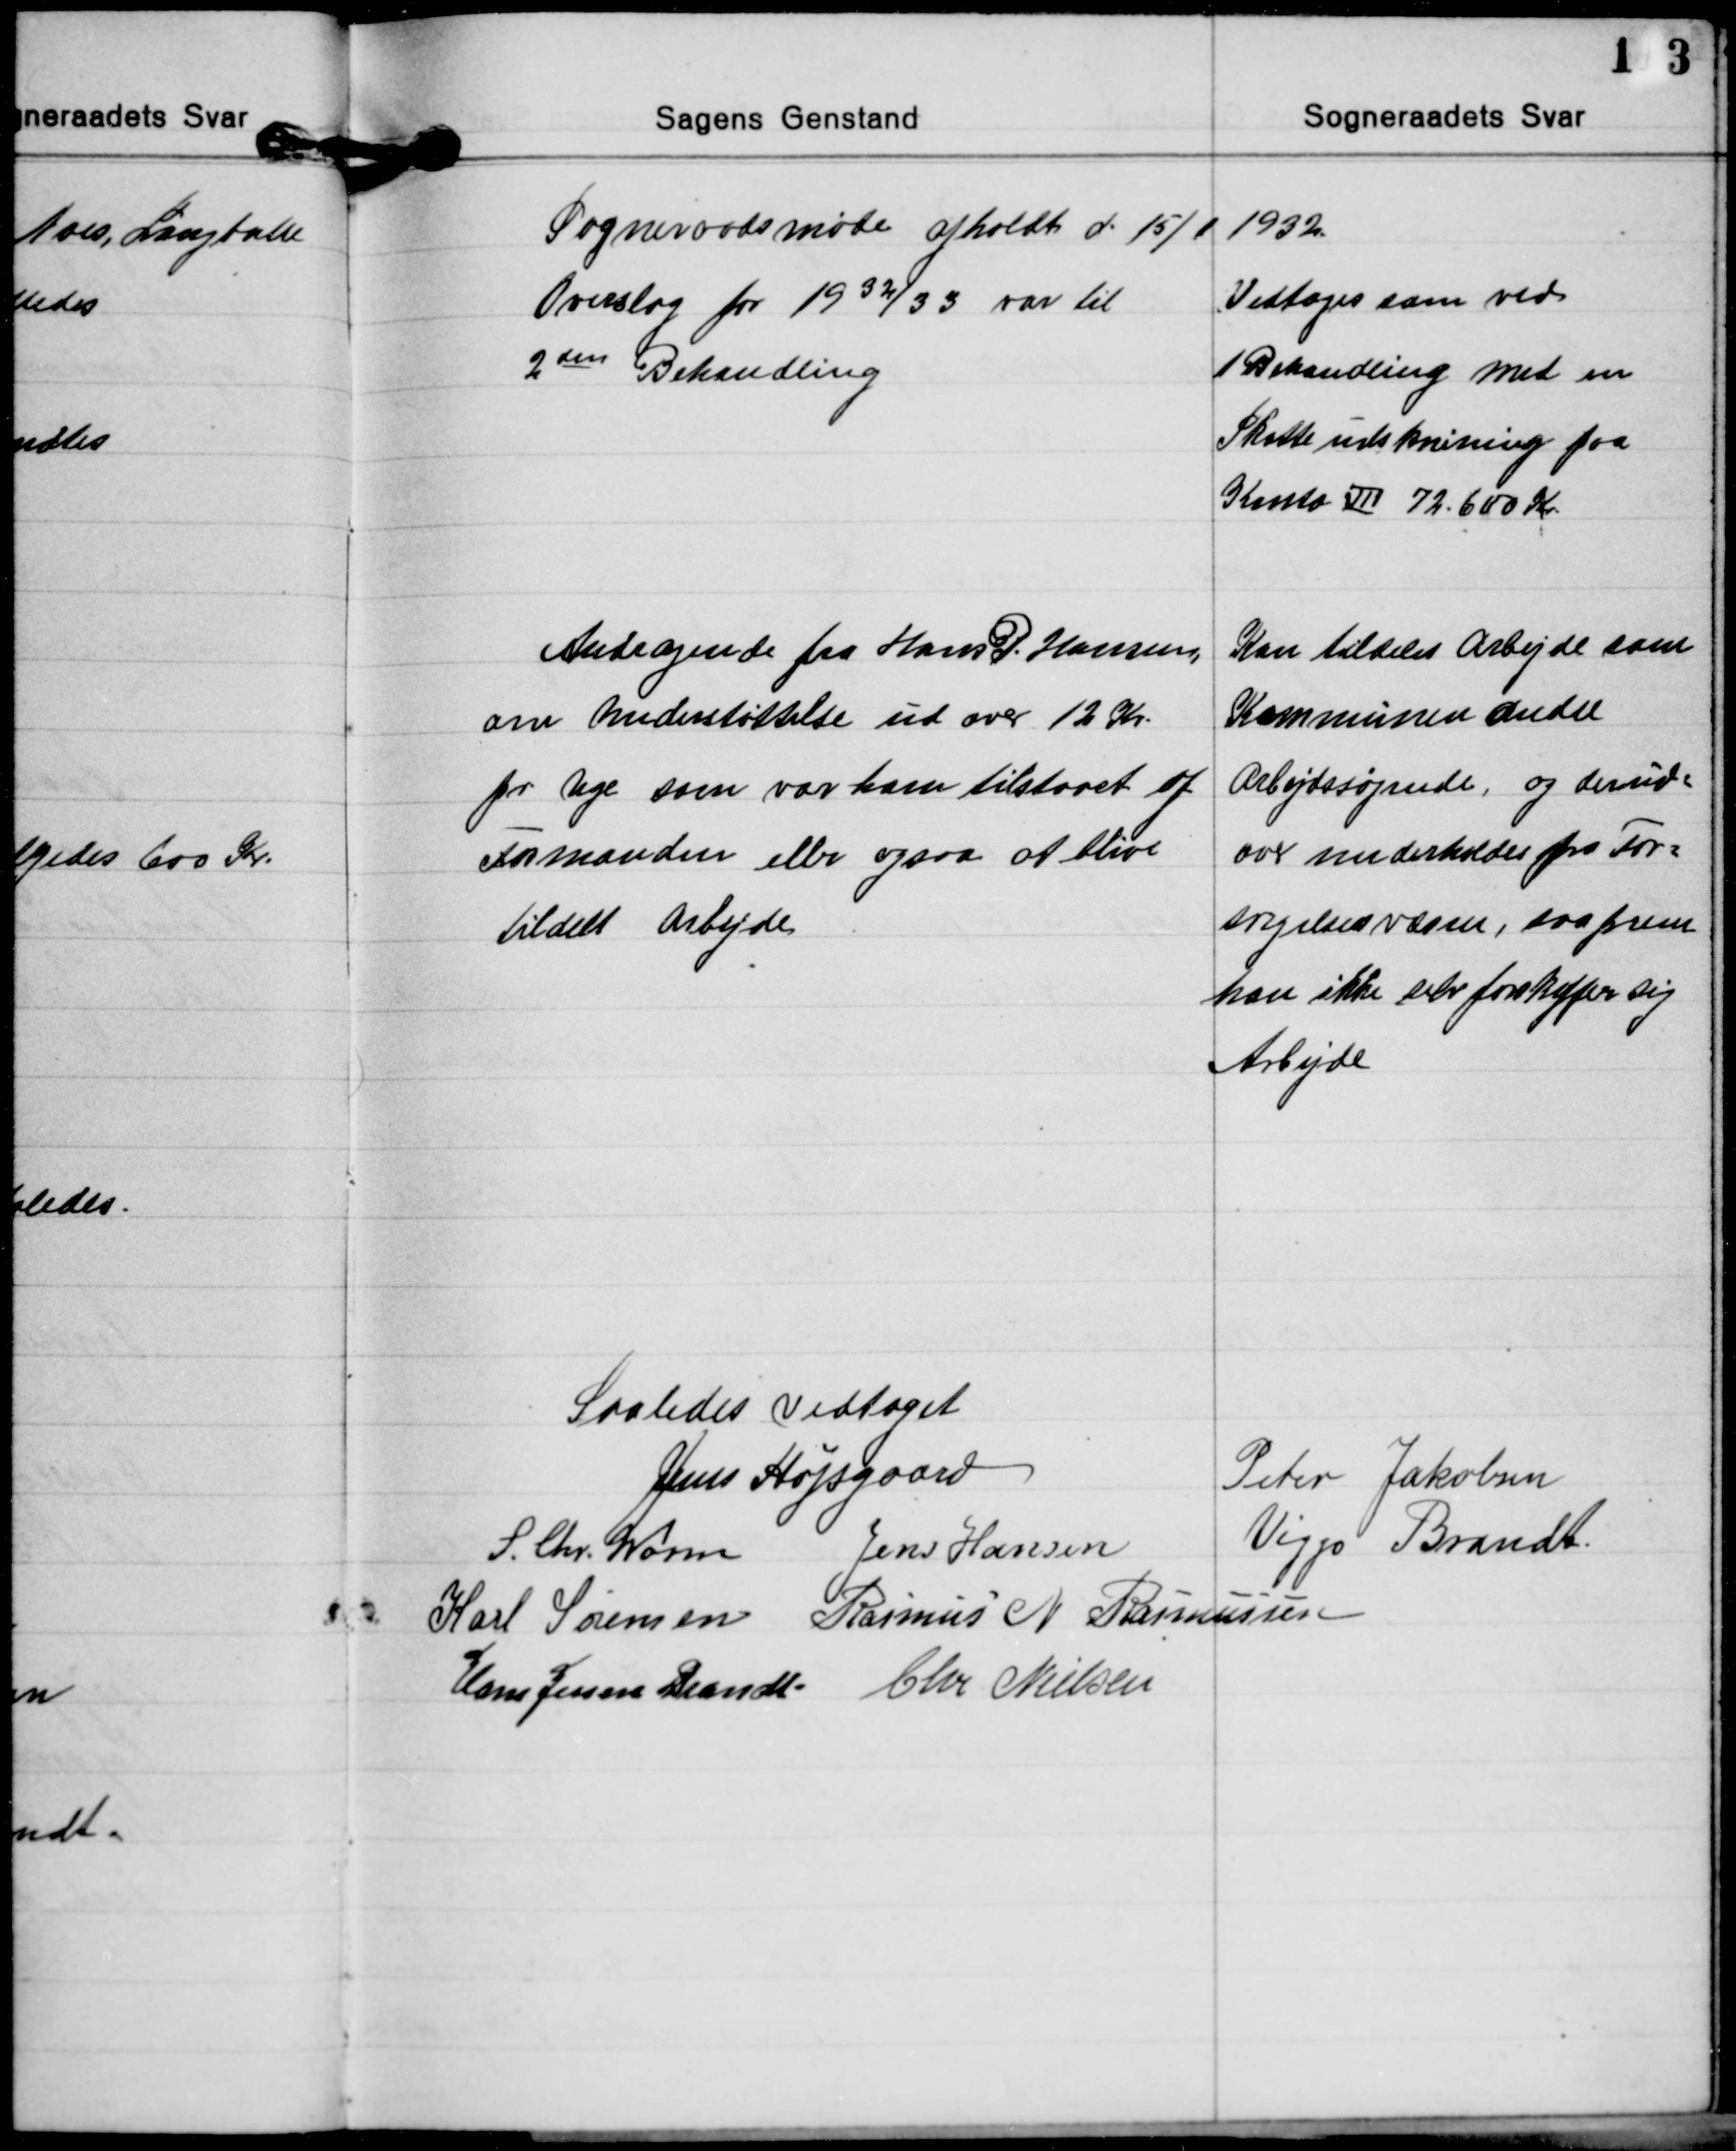
Transskription:
Sogneraadsmøde afholdt d. 15/1 1932

Overslag for 1932/33 var til
2den Behandling

Vedtoges som ved
1 Behandling med en
Skatteudskrivning paa
Konto Ⅶ 72.600 Kr.

Andragende fra Hans P Hansen,
om Understøttelse ud over 12 Kr.
pr. Uge som var ham tilstaaet af
Formanden eller ogsaa at blive
tildelt Arbejde

Kan tildeles Arbejde som
Kommunen andre
Arbejdssøgende, og derud-
over underholdes fra For-
sørgelsesvæsen, saafrem
han ikke selv forskaffer sig
Arbejde

Saaledes Vedtaget
Jens Højsgaard
Peter Jakobsen
S. Chr. Worm Jens Hansen Viggo Brandt
Karl Sørensen Rasmus N. Rasmussen
Hans Jessen Brandt Chr. Nielsen